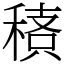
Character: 䅩